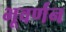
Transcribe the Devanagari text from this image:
भूवर्णन